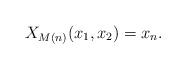
LaTeX: \begin{align*} X_{M(n)}(x_1, x_2) = x_n.\end{align*}